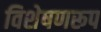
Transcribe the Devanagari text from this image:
विशेषणरूप